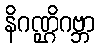
နိဂဏ္ဌိဂဗ္ဘာ